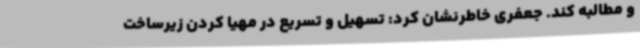
و مطالبه کند. جعفری خاطرنشان کرد: تسهیل و تسریع در مهیا کردن زیرساخت